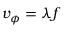
v _ { \phi } = \lambda f